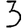
Digit: 3